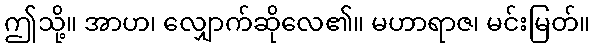
ဤသို့။ အာဟ၊ လျှောက်ဆိုလေ၏။ မဟာရာဇ၊ မင်းမြတ်။